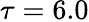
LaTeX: \tau=6.0